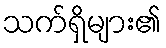
သက်ရှိများ၏